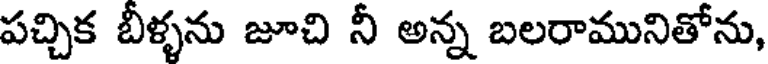
పచ్చిక బీళ్ళను జూచి నీ అన్న బలరామునితోను,